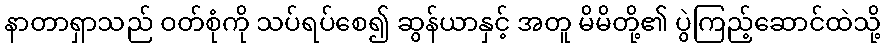
နာတာရှာသည် ဝတ်စုံကို သပ်ရပ်စေ၍ ဆွန်ယာနှင့် အတူ မိမိတို့၏ ပွဲကြည့်ဆောင်ထဲသို့